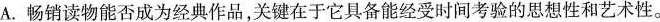
A.畅销读物能否成为经典作品，关键在于它具备能经受时间考验的思想性和艺术性。